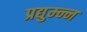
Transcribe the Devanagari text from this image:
प्रद्युम्न्न